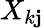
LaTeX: X_{k\mathbf{j}}